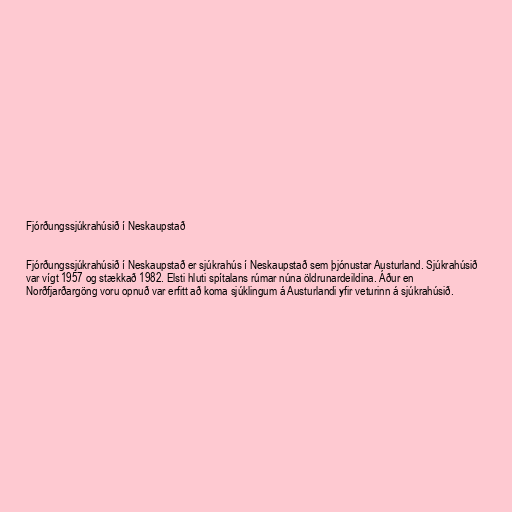
Fjórðungssjúkrahúsið í Neskaupstað

Fjórðungssjúkrahúsið í Neskaupstað er sjúkrahús í Neskaupstað sem þjónustar Austurland. Sjúkrahúsið
var vígt 1957 og stækkað 1982. Elsti hluti spítalans rúmar núna öldrunardeildina. Áður en
Norðfjarðargöng voru opnuð var erfitt að koma sjúklingum á Austurlandi yfir veturinn á sjúkrahúsið.